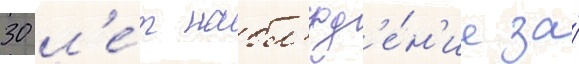
30 л'е́т набл'юд'е́н'ие за́